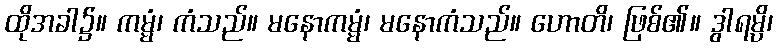
ထိုအခါ၌။ ကမ္မံ၊ ကံသည်။ မနောကမ္မံ၊ မနောကံသည်။ ဟောတိ၊ ဖြစ်၏။ ဒွါရမ္ပိ၊